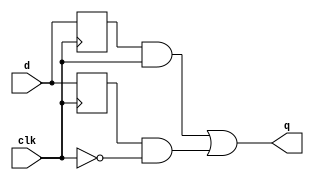
module top_module (
    input clk,
    input d,
    output q
);
    reg p, n;
    
    always @(posedge clk)
        p <= d;
    
    always @(negedge clk) 
        n <= d;

    assign q = (p & clk) | (n & ~clk);
    
endmodule